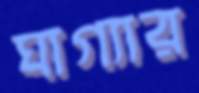
ঘাগ্যার